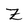
Character: Z